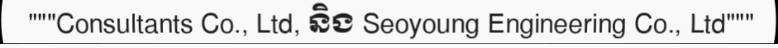
"""Consultants Co., Ltd, និង Seoyoung Engineering Co., Ltd"""